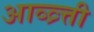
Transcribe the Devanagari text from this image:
आव्व्र्त्ती